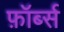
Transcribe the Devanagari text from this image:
फ़ॉर्ब्स